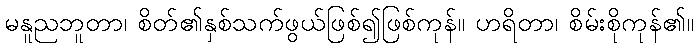
မနူညဘူတာ၊ စိတ်၏နှစ်သက်ဖွယ်ဖြစ်၍ဖြစ်ကုန်။ ဟရိတာ၊ စိမ်းစိုကုန်၏။